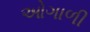
ઓગાળી